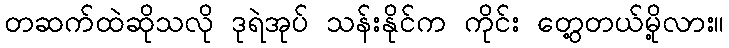
တဆက်ထဲဆိုသလို ဒုရဲအုပ် သန်းနိုင်က ကိုင်း တွေ့တယ်မို့လား။